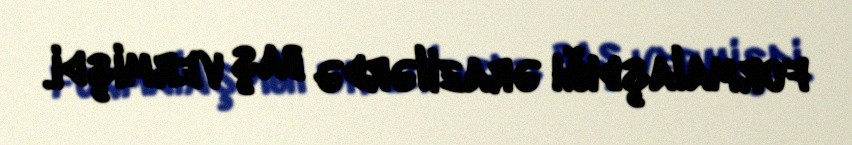
formalaşdığı ərazilərdə baş vermişdi.